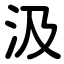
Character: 汲